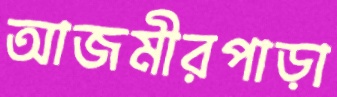
আজমীরপাড়া